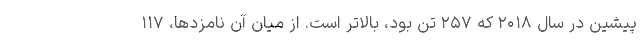
پیشین در سال ۲۰۱۸ که ۲۵۷ تن بود، بالاتر است. از میان آن نامزدها، ۱۱۷